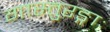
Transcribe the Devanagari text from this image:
गास्तुरङ्गाः